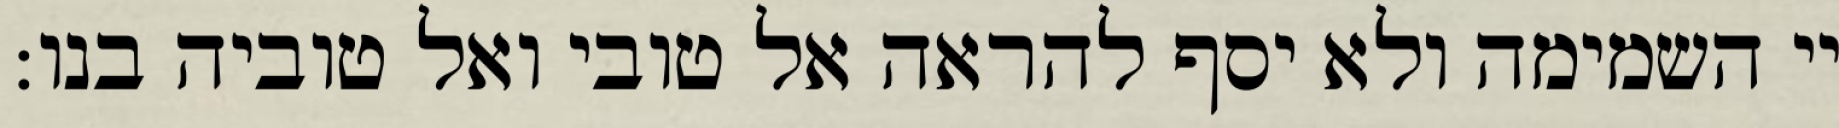
יי השמימה ולא יסף להראה אל טובי ואל טוביה בנו: